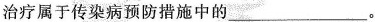
治疗属于传染病预防措施中的___。